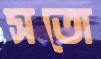
সতো